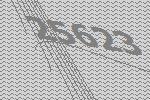
25623